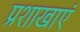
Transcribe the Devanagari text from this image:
प्रशाखाएं